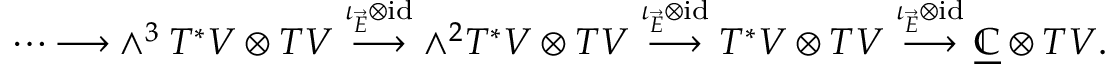
\quad \cdots { \longrightarrow } \wedge ^ { 3 } T ^ { * } V \otimes T V \stackrel { \iota _ { \overrightarrow { E } } \otimes \mathrm { i d } } { \longrightarrow } \wedge ^ { 2 } T ^ { * } V \otimes T V \stackrel { \iota _ { \overrightarrow { E } } \otimes \mathrm { i d } } { \longrightarrow } T ^ { * } V \otimes T V \stackrel { \iota _ { \overrightarrow { E } } \otimes \mathrm { i d } } { \longrightarrow } \underline { { \mathbb C } } \otimes T V .